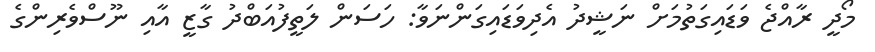
މޯދީ ރާއްޖެ ވަޑައިގަތުމަށް ނަޝީދު އެދިވަޑައިގަންނަވާ: ހަސަން ލަތީފުއަބްދު ގާޒީ އާއި ނޫސްވެރިންގެ